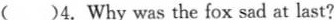
( )4.Why was the fox sad at last?